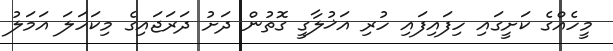
މީހެއްގެ ކަށީގައި ހިފައިފައި ހުރި އަޚުލާގީ ގޮތުން ދަށު ދަރަޖައިގެ މިކަހަލަ އަމަލު